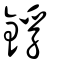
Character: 鋢